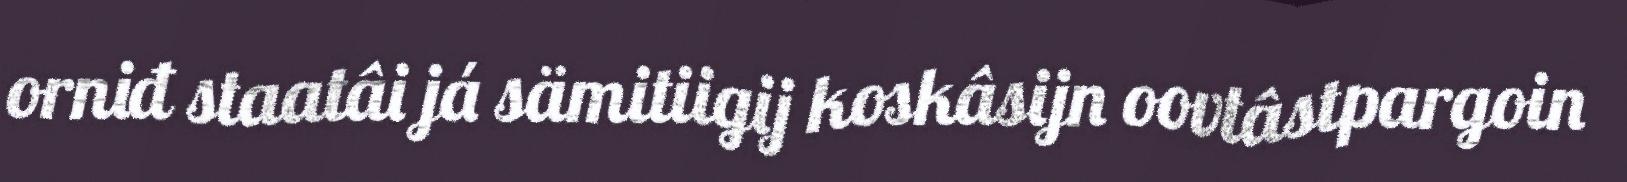
orniđ staatâi já sämitiigij koskâsijn oovtâstpargoin